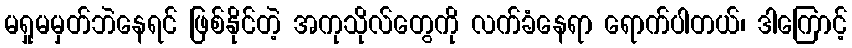
မရှုမမှတ်ဘဲနေရင် ဖြစ်နိုင်တဲ့ အကုသိုလ်တွေကို လက်ခံနေရာ ရောက်ပါတယ်၊ ဒါကြောင့်